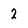
Character: 2